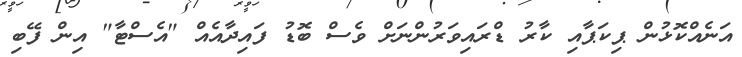
އަނެއްކޮޅުން ޕިކަޕާއި ކާރު ޑްރައިވަރުންނަށް ވެސް ބޮޑު ފައިދާއެއް "އެސްޓާ" އިން ފޭބި